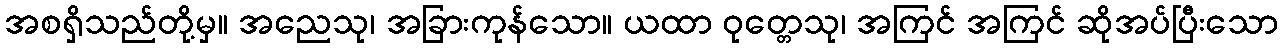
အစရှိသည်တို့မှ။ အညေသု၊ အခြားကုန်သော။ ယထာ ဝုတ္တေသု၊ အကြင် အကြင် ဆိုအပ်ပြီးသော